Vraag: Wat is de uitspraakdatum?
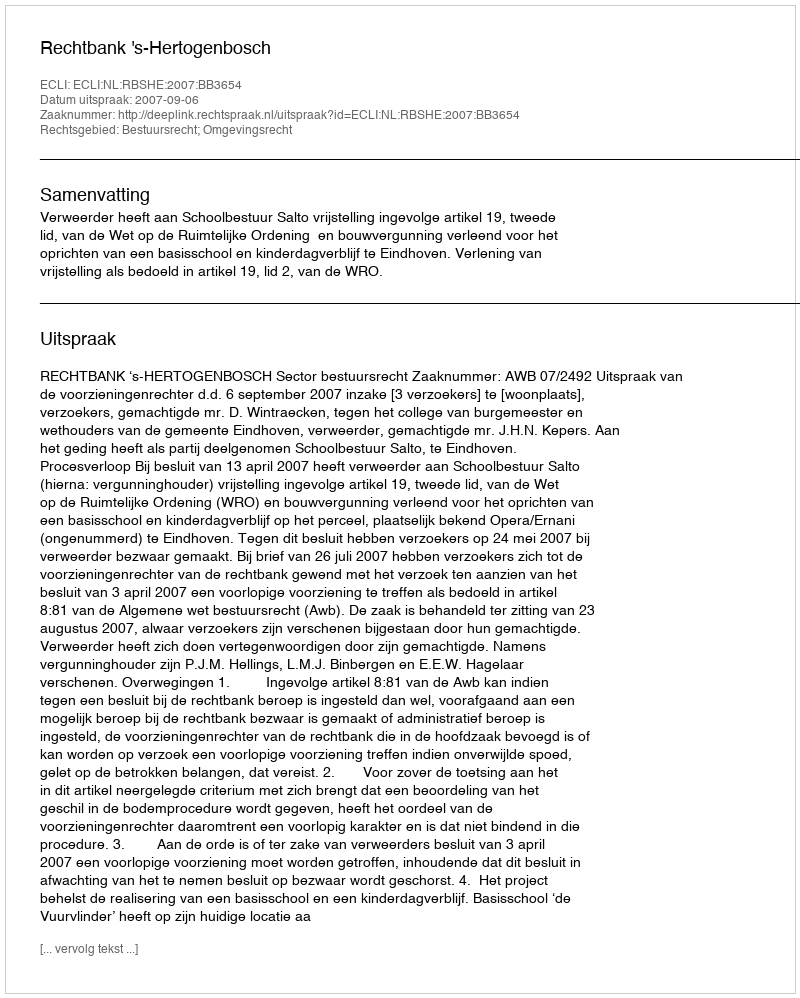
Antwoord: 2007-09-06